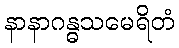
နာနာဂန္ဓသမေရိတံ